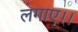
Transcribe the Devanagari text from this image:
लगाए।।